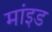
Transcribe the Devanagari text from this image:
मांइड